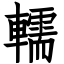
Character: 轜